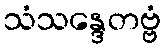
သံသန္ဒေတဗ္ဗံ